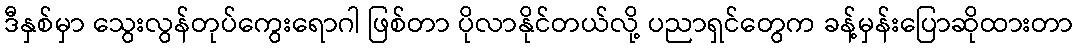
ဒီနှစ်မှာ သွေးလွန်တုပ်ကွေးရောဂါ ဖြစ်တာ ပိုလာနိုင်တယ်လို့ ပညာရှင်တွေက ခန့်မှန်းပြောဆိုထားတာ